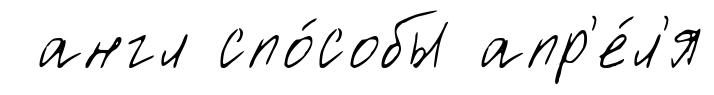
англ спо́собы апр'е́л'я